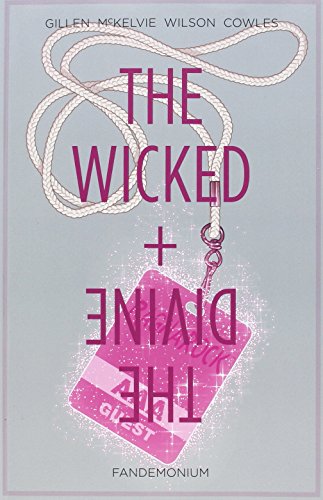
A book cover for The Wicked + The Divine Volume 2: Fandemonium (Wicked & the Divine Tp); Kieron Gillen; Comics & Graphic Novels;